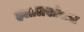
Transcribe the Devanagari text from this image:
हलालखोरांस